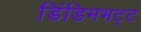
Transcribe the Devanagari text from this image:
डिंडिमभट्ट